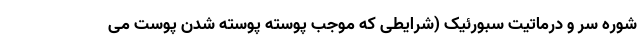
شوره سر و درماتیت سبورئیک (شرایطی که موجب پوسته پوسته شدن پوست می